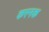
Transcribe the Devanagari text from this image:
करनक